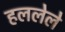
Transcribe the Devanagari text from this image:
हललेले